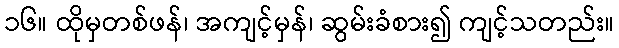
၁၆။ ထိုမှတစ်ဖန်၊ အကျင့်မှန်၊ ဆွမ်းခံစား၍ ကျင့်သတည်း။